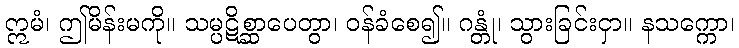
ဣမံ၊ ဤမိန်းမကို။ သမ္ပဋိစ္ဆာပေတွာ၊ ဝန်ခံစေ၍။ ဂန္တုံ၊ သွားခြင်းငှာ။ နသက္ကော၊